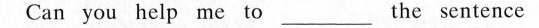
Can you help me to___ the sentence